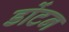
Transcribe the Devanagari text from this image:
डोंटन